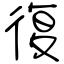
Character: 復